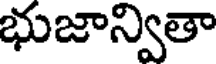
భుజాన్వితా